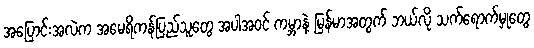
အပြောင်းအလဲက အမေရိကန်ပြည်သူတွေ အပါအဝင် ကမ္ဘာနဲ့ မြန်မာအတွက် ဘယ်လို သက်ရောက်မှုတွေ